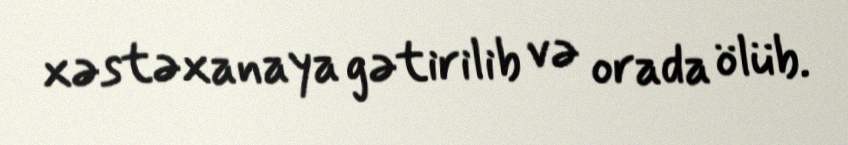
xəstəxanaya gətirilib və orada ölüb.